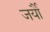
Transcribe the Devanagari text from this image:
जर्यौ